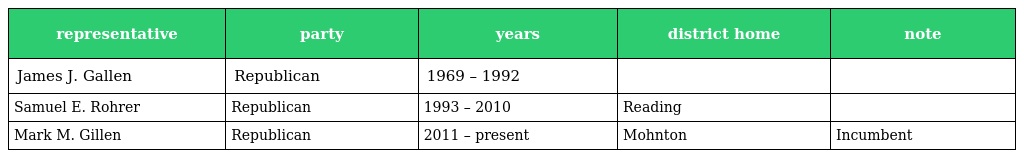
| representative | party | years | district home | note |
 | --- | --- | --- | --- | --- |
 | James J. Gallen | Republican | 1969 – 1992 |  |  |
 | Samuel E. Rohrer | Republican | 1993 – 2010 | Reading |  |
 | Mark M. Gillen | Republican | 2011 – present | Mohnton | Incumbent |